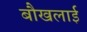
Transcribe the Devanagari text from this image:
बौखलाई